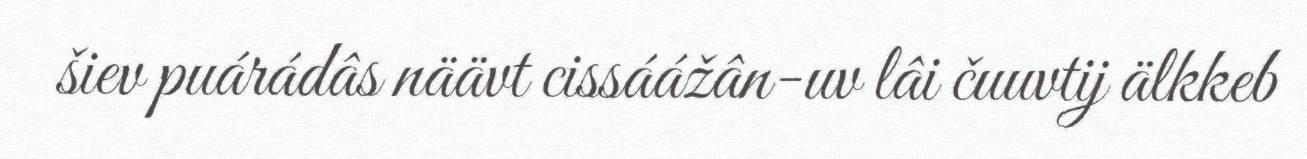
šiev puárádâs näävt cissáážân-uv lâi čuuvtij älkkeb